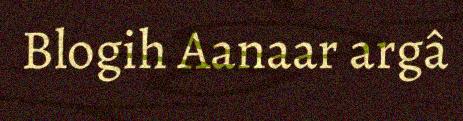
Blogih Aanaar argâ